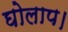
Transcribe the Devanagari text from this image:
घोलाप।